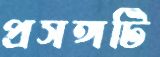
প্রসঙ্গটি